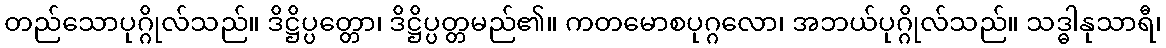
တည်သောပုဂ္ဂိုလ်သည်။ ဒိဋ္ဌိပ္ပတ္တော၊ ဒိဋ္ဌိပ္ပတ္တမည်၏။ ကတမောစပုဂ္ဂလော၊ အဘယ်ပုဂ္ဂိုလ်သည်။ သဒ္ဓါနုသာရီ၊